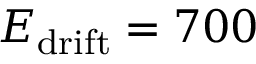
E _ { \mathrm { d r i f t } } = 7 0 0